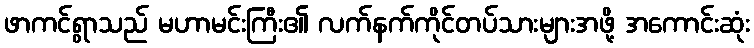
ဖာကင်ရွာသည် မဟာမင်းကြီး၏ လက်နက်ကိုင်တပ်သားများအဖို့ အကောင်းဆုံး